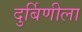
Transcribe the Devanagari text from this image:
दुर्बिणीला